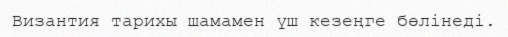
Византия тарихы шамамен үш кезеңге бөлінеді.